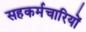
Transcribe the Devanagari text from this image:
सहकर्मचारियों